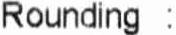
ROUNDING :